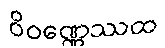
ဝိဝဏ္ဏေဿထ